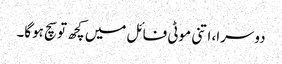
دوسرا، اتنی موٹی فائل میں کچھ تو سچ ہوگا۔